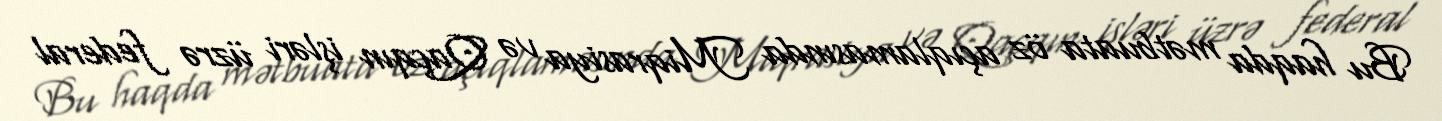
Bu haqda mətbuata öz açıqlamasında Miqrasiya və Qaçqın işləri üzrə federal